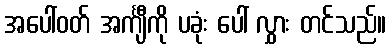
အပေါ်ဝတ် အင်္ကျီကို ပခုံး ပေါ် လွှား တင်သည်။